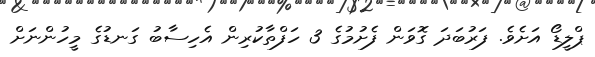
ޕްލީޑޯ އަށެވެ. ފަރުބަދަ ގޮވަން ފެށުމުގެ 3 ހަފްތާކުރިން އެހިސާބު ގަނޑުގެ މީހުންނަށް